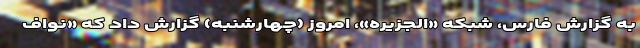
به گزارش فارس، شبکه «الجزیره»، امروز (چهارشنبه) گزارش داد که «نواف